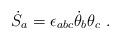
LaTeX: \begin{align*}{\dot{S}}_{a} = \epsilon_{abc}{\dot{\theta}}_{b}\theta_{c} \ .\end{align*}